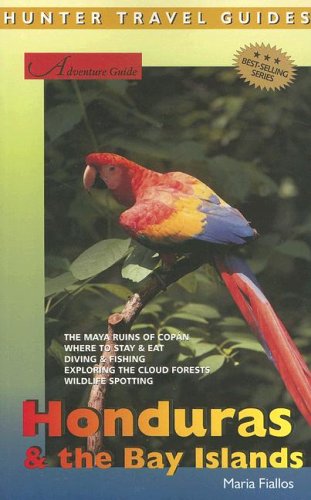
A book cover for Adventure Guide Honduras & The Bay Islands (Hunter Travel Guide) (Adventure Guide); Maria Fiallos; Travel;